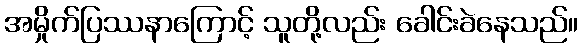
အမှိုက်ပြဿနာကြောင့် သူတို့လည်း ခေါင်းခဲနေသည်။